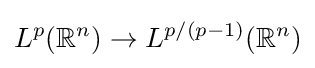
L^{p}(\mathbb {R} ^{n})\to L^{p/(p-1)}(\mathbb {R} ^{n})